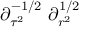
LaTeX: \partial _ { \tau ^ { 2 } } ^ { - 1 / 2 } \ \partial _ { r ^ { 2 } } ^ { 1 / 2 }